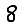
Digit: 8